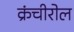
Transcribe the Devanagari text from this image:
क्रंचीरोल